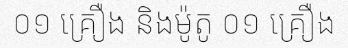
០១ គ្រឿង និងម៉ូតូ ០១ គ្រឿង